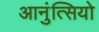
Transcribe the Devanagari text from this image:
आनुंत्सियो